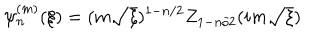
\psi _ { n } ^ { ( m ) } ( \xi ) = ( m \sqrt { \xi } ) ^ { 1 - n / 2 } Z _ { 1 - n / 2 } ( i m \sqrt { \xi } )